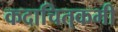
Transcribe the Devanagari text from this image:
कदाचित्‌कभी